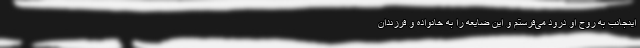
اینجانب به روح او درود می‌فرستم و این ضایعه را به خانواده و فرزندان